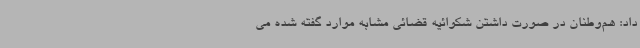
داد: هم‌وطنان در صورت داشتن شکوائیه قضائی مشابه موارد گفته شده می